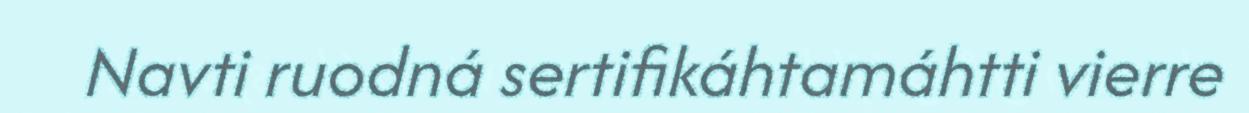
Navti ruodná sertifikáhtamáhtti vierre